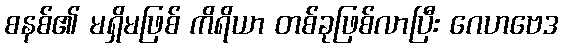
စနစ်၏ မရှိမဖြစ် ကိရိယာ တစ်ခုဖြစ်လာပြီး ဂေဟဗေဒ